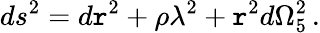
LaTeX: ds^{2}=d\mathtt{r}^{2}+\rho\lambda^{2}+\mathtt{r}^{2}d\Omega_{5}^{2}\, .